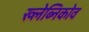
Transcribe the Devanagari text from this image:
ख्लेब्निकोव